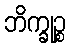
ဘိက္ခုဉ္စ